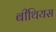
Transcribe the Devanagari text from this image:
बीथियस